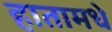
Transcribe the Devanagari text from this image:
हातामधे